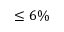
\leq 6 \%